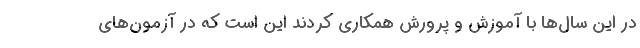
در این سال‌ها با آموزش و پرورش همکاری کردند این است که در آزمون‌های